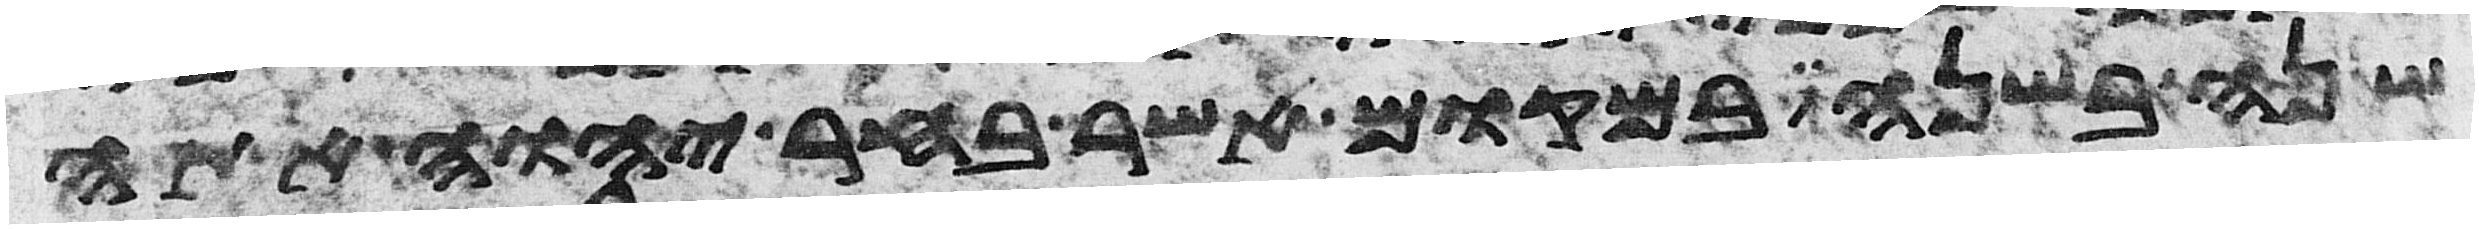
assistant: שנה בשנה במקום אשר בחר יהוה אתה